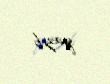
yazıb.